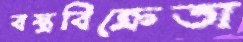
বস্ত্রবিক্রেতা